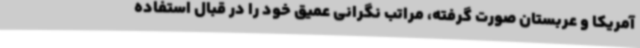
آمریکا و عربستان صورت گرفته، مراتب نگرانی عمیق خود را در قبال استفاده